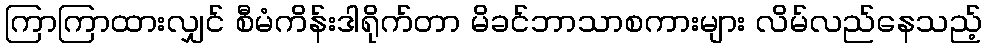
ကြာကြာထားလျှင် စီမံကိန်းဒါရိုက်တာ မိခင်ဘာသာစကားများ လိမ်လည်နေသည့်